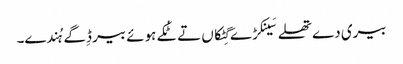
بیری دے تھلے سَینکڑے گِٹکاں تے ٹُکے ہوئے بیر ڈِگے ہُندے۔